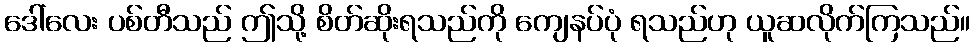
ဒေါ်လေး ပစ်တီသည် ဤသို့ စိတ်ဆိုးရသည်ကို ကျေနပ်ပုံ ရသည်ဟု ယူဆလိုက်ကြသည်။